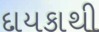
દાયકાથી